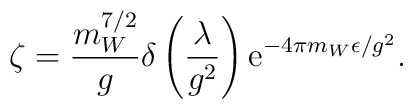
\zeta=\frac{m_W^{7/2}}{g}\delta\left(\frac{\lambda}{g^2}\right){\rm e}^{-4\pi m_W\epsilon/g^2}.